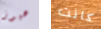
هيوز كانت